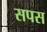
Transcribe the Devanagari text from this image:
सपस